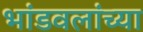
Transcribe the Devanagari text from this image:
भांडवलांच्या